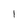
Character: l